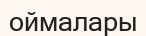
оймалары